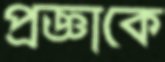
প্রজ্ঞাকে